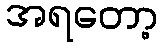
အရတော့